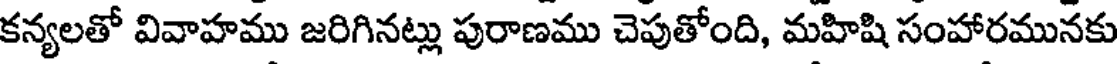
కన్యలతో వివాహము జరిగినట్లు పురాణము చెపుతోంది, మహిషి సంహారమునకు